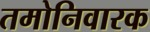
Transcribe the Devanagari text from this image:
तमोनिवारक